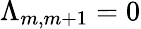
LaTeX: \Lambda_{m,m+1}=0